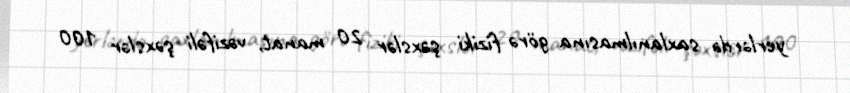
yerlərdə saxlanılmasına görə fiziki şəxslər 20 manat, vəzifəli şəxslər 100